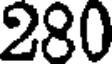
280